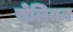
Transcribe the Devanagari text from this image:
सेलियन